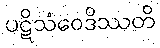
ပဋိသံဝေဒိဿတိ